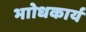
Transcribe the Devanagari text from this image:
भाोधकार्य